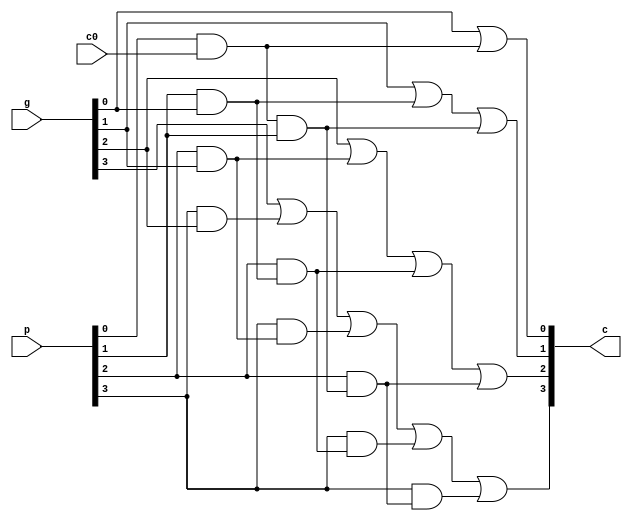
`timescale 1ns / 1ps
//////////////////////////////////////////////////////////////////////////////////
// Company: 
// Engineer: 
// 
// Design Name: 
// Module Name:    carryUnit 
// Project Name: 
// Target Devices: 
// Tool versions: 
// Description: 
//
// Dependencies: 
//
// Revision: 
// Revision 0.01 - File Created
// Additional Comments: 
//
//////////////////////////////////////////////////////////////////////////////////
module carryUnit4Bits(
	input wire [3:0] p,
	input wire [3:0] g,
	input wire c0,
	output wire [3:0] c
);

wire [9:0] z;
	//Ecuaciones para obtener acarreo1
	//c1 = G0 + P0c0
	and(z[0],p[0],c0);
	or(c[0],g[0],z[0]);
	
	//Ecuaciones para obtener acarreo2
	//c2 = G1 + P1G0 + P1P0c0
	and(z[1],p[1],g[0]);
	and(z[2],z[0],p[1]);
	or(c[1],g[1],z[1],z[2]);
	
	//Ecuaciones para obtener acarreo3
	//c3 = G2 + P2G1+ P2P1G0 + P2P1P0c0
	and(z[3],p[2],g[1]);
	and(z[4],p[2],z[1]);
	and(z[5],p[2],z[2]);
	or(c[2],g[2],z[3],z[4],z[5]);
	
	
	//Ecuaciones para obtener acarreo4
	//c4 = G3 + P3G2+ P3P2G1+P3P2P1G0+  P3 P2P1P0c0
	and(z[6],p[3],g[2]);
	and(z[7],p[3],z[3]);
	and(z[8],p[3],z[4]);
	and(z[9],p[3],z[5]);
	or(c[3],g[3],z[6],z[7],z[8],z[9]);
	
	
endmodule